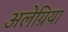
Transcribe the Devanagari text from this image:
अलेग्रिया